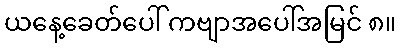
ယနေ့ခေတ်ပေါ် ကဗျာအပေါ်အမြင် ၈။